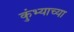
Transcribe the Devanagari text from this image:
कुंभ्याच्या